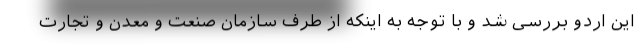
این اردو بررسی شد و با توجه به اینکه از طرف سازمان صنعت و معدن و تجارت